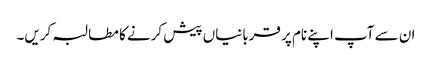
ان سے آپ اپنے نام پر قربانیاں پیش کرنے کا مطالبہ کریں۔